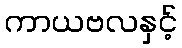
ကာယဗလနှင့်